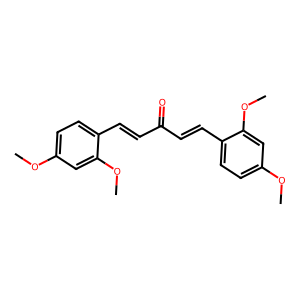
SMILES: COc1ccc(C=CC(=O)C=Cc2ccc(OC)cc2OC)c(OC)c1
Inhibits HIV replication: No